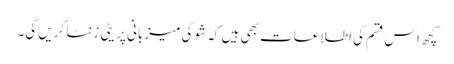
کچھ اس قسم کی اطلاعات بھی ہیں کہ شو کی میزبانی پریٹی زنٹا کریں گی۔